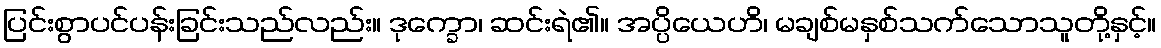
ပြင်းစွာပင်ပန်းခြင်းသည်လည်း။ ဒုက္ခော၊ ဆင်းရဲ၏။ အပ္ပိယေဟိ၊ မချစ်မနှစ်သက်သောသူတို့နှင့်။